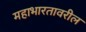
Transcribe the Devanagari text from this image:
महाभारतावरील